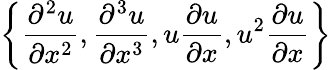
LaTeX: \left\{ \frac{\partial^{2}u}{\partial x^{2}},\frac{\partial^{3}u}{\partial x^{3}},u\frac{\partial u}{\partial x},u^{2}\frac{\partial u}{\partial x}\right\}